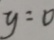
y = 0